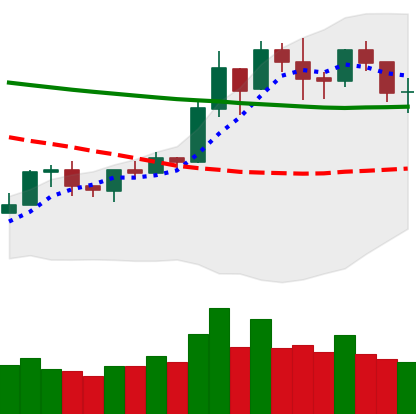
Ticker: BNB-USD
Chart end date: 2020-01-24
Forward return: 5.076%
Label: up_5_7